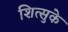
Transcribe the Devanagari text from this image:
शित्सुके